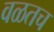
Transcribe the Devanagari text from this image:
वळतच